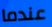
عندما